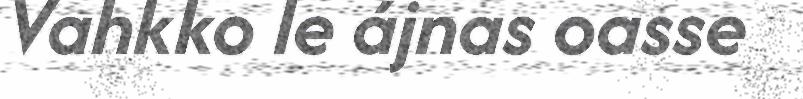
Vahkko le ájnas oasse